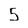
Character: 5